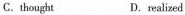
C.thought D.realized